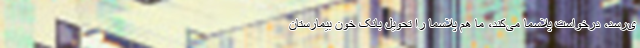
ی‌رسد، درخواست پلاسما می‌کند، ما هم پلاسما را تحویل بانک خون بیمارستان